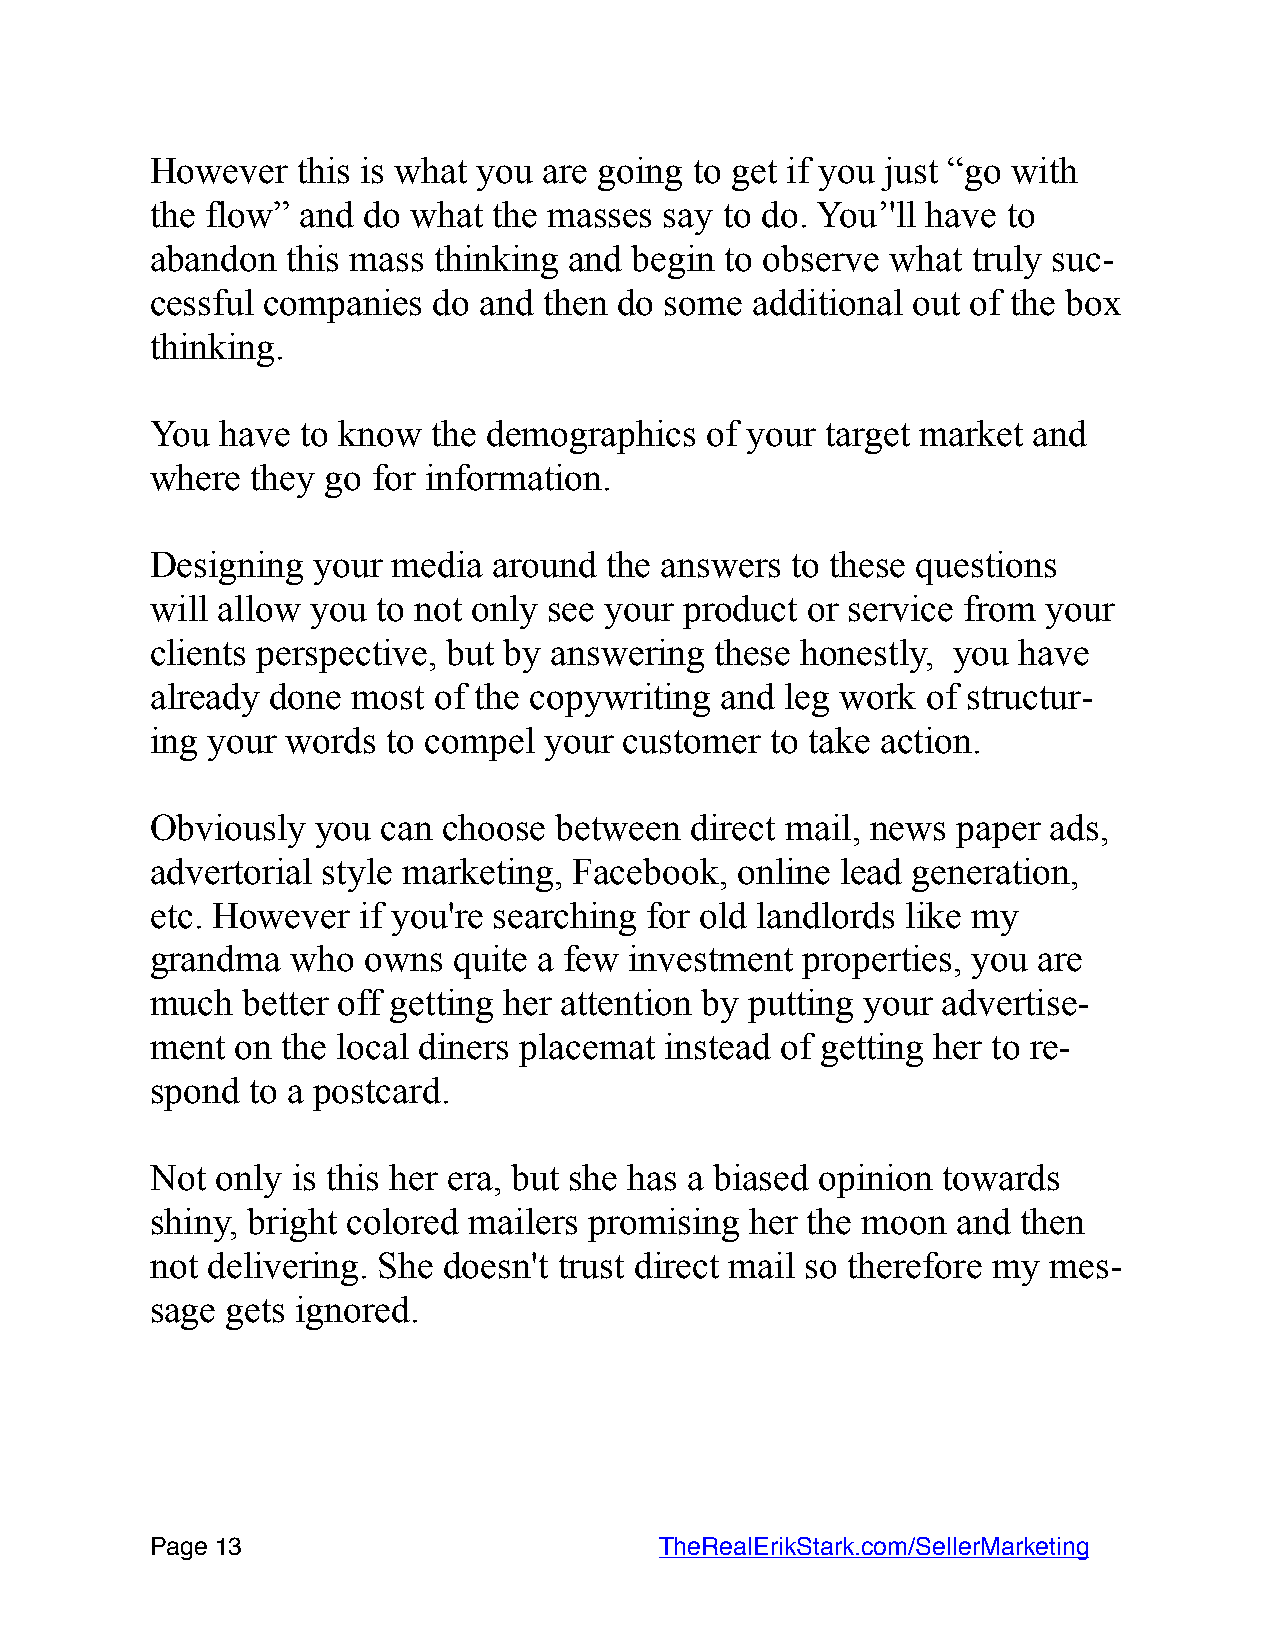
However   this is what you are going to get if you just “go with
 the flow” and do what  the masses say to do. You’'ll have to
 abandon  this mass thinking and begin to observe what truly suc-
 cessful companies  do and then do some  additional out of the box
 thinking.
 You  have to know  the demographics  of your target market and
 where  they go for information.
 Designing  your media  around the answers to these questions
 will allow you to not only see your product or service from your
 clients perspective, but by answering these honestly, you have
 already done most  of the copywriting and leg work of structur-
 ing your words  to compel your customer  to take action.
 Obviously  you can choose  between  direct mail, news paper ads,
 advertorial style marketing, Facebook, online lead generation,
 etc. However  if you're searching for old landlords like my
 grandma  who  owns  quite a few investment properties, you are
 much  better off getting her attention by putting your advertise-
 ment  on the local diners placemat instead of getting her to re-
 spond to a postcard.
 Not only is this her era, but she has a biased opinion towards
 shiny, bright colored mailers promising her the moon and  then
 not delivering. She doesn't trust direct mail so therefore my mes-
 sage gets ignored.
 Page 1 3                         TheRealErikStark.com/SellerMarketing